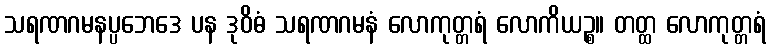
သရဏဂမနပ္ပဘေဒေ ပန ဒုဝိဓံ သရဏဂမနံ လောကုတ္တရံ လောကိယဉ္စ။ တတ္ထ လောကုတ္တရံ